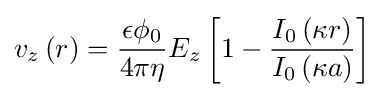
v_{z}\left(r\right)={\frac {\epsilon \phi _{0}}{4\pi \eta }}E_{z}\left[1-{\frac {I_{0}\left(\kappa r\right)}{I_{0}\left(\kappa a\right)}}\right]